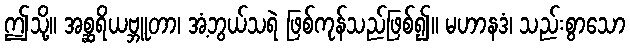
ဤသို့။ အစ္ဆရိယဗ္ဘူတာ၊ အံ့ဘွယ်သရဲ ဖြစ်ကုန်သည်ဖြစ်၍။ မဟာနဒံ၊ သည်းစွာသော